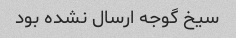
سیخ گوجه ارسال نشده بود